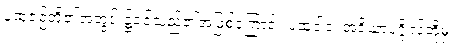
ပုထုဇဉ်တို့၏အတွင်း၌ဝင်သည်၏အဖြစ်ကြောင့်။ ပုထုဝါဝ၊ အရိယာပုဂ္ဂိုလ်တို့မှ